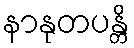
နာနုတပန္တိ